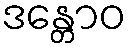
ဒန္တောဝ